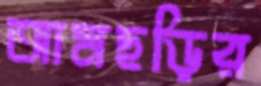
আমছড়ির